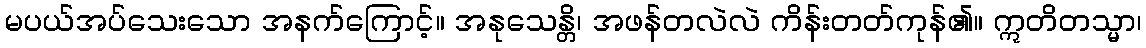
မပယ်အပ်သေးသော အနက်ကြောင့်။ အနုသေန္တိ၊ အဖန်တလဲလဲ ကိန်းတတ်ကုန်၏။ ဣတိတသ္မာ၊